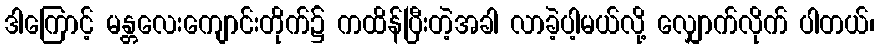
ဒါကြောင့် မန္တလေးကျောင်းတိုက်၌ ကထိန်ပြီးတဲ့အခါ လာခဲ့ပါ့မယ်လို့ လျှောက်လိုက် ပါတယ်၊